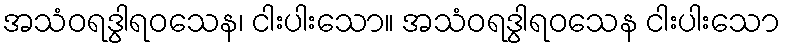
အသံဝရဒွါရဝသေန၊ ငါးပါးသော။ အသံဝရဒွါရဝသေန ငါးပါးသော